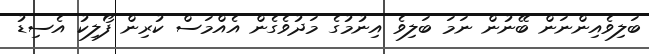
ބަލިވެއިންނަން ބޭނުން ނަމަ ބަލިވެ އިނުމުގެ މަދުވެގެން އެއްމަސް ކުރިން ފޯލިކު އެސިޑު